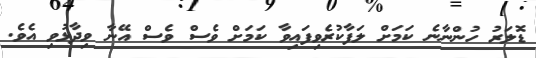
ޑޮލަރު ހުންނާނެ ކަމަށް ލަފާކުރެވިފައިވާ ކަމަށް ވެސް ވެސް އޭނާ ވިދާޅުވި އެވެ.